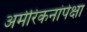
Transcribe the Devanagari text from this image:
अमेरिकनांपेक्षा